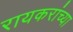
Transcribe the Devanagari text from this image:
रायकरांच्या